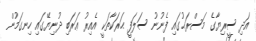
އަދި ސީރިޔާގެ މަސްރަޙުގައި ފެނުނު ސަލަފީ ޙަރަކާތަކީ އެއިރު ޢަރަބި ދުނިޔޭގައި ހިނގަމުން